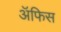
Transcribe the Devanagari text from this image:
ॲफिस